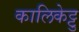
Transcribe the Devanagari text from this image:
कालिकेट्टु